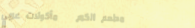
مطعم الكرم   مأكولات عربي